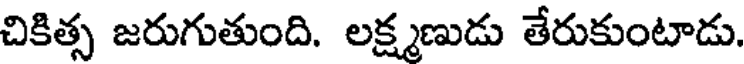
చికిత్స జరుగుతుంది. లక్ష్మణుడు తేరుకుంటాడు.